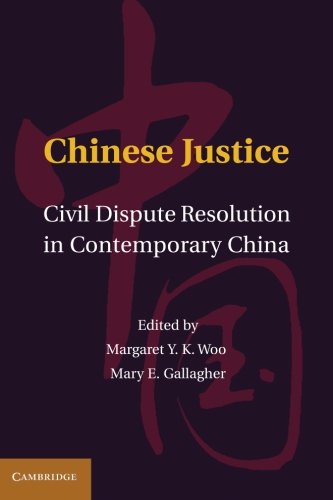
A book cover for Chinese Justice: Civil Dispute Resolution in Contemporary China; Law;